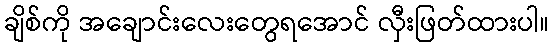
ချိစ်ကို အချောင်းလေးတွေရအောင် လှီးဖြတ်ထားပါ။